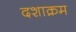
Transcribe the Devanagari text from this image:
दशाक्रम